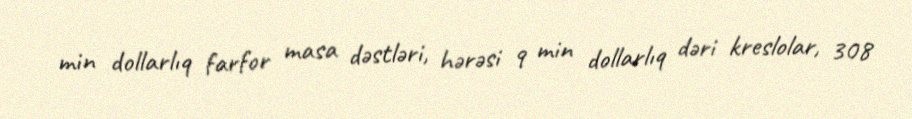
min dollarlıq farfor masa dəstləri, hərəsi 9 min dollarlıq dəri kreslolar, 308